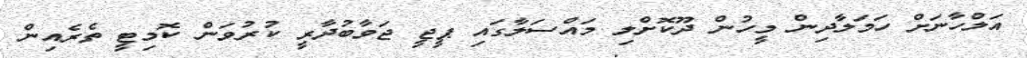
އަލްހާނަށް ހަމަލާދިން މީހުން ދޫކޮށްލި މައްސަލާގައި ޕީޖީ ޖަވާބުދާރީ ކުރުވަން ކޮމިޓީ ތެރެއިން